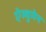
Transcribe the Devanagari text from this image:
ऐल्वुमेन